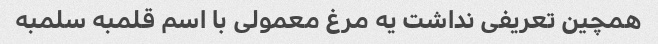
همچین تعریفی نداشت یه مرغ معمولی با اسم قلمبه سلمبه